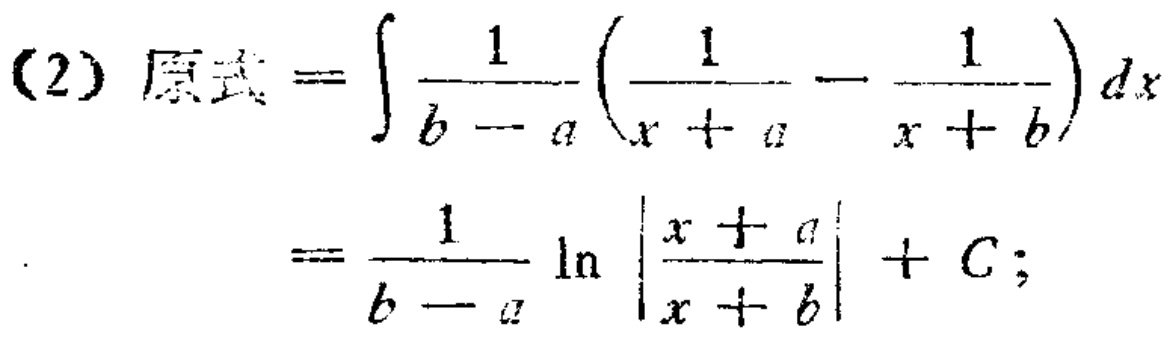
(2) 原式 \(=\int\frac{1}{b - a}(\frac{1}{x + a}-\frac{1}{x + b})dx\)

\(=\frac{1}{b - a}\ln\left|\frac{x + a}{x + b}\right|+C;\)